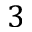
3